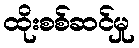
ထိုးစစ်ဆင်မှု